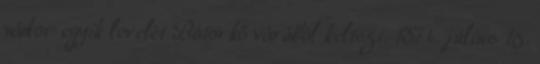
nádor egyik levelét Bátorkő várából keltezi. 1374. július 15.